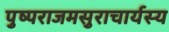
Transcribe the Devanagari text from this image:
पुष्पराजमसुराचार्यस्य